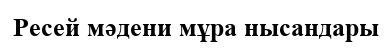
Ресей мәдени мұра нысандары